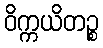
ဝိက္ကယိတဉ္စ